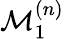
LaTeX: \mathcal{M}_{1}^{(n)}